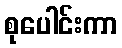
စုပေါင်းကာ